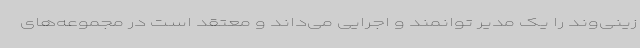
زینی‌وند را یک مدیر توانمند و اجرایی می‌داند و معتقد است در مجموعه‌های